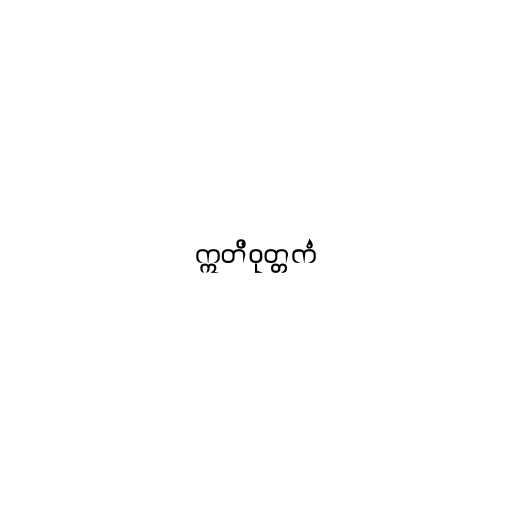
ဣတိဝုတ္တကံ